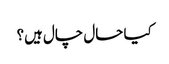
کیا حال چال ہیں؟